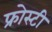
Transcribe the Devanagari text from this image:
फ्रोस्टी